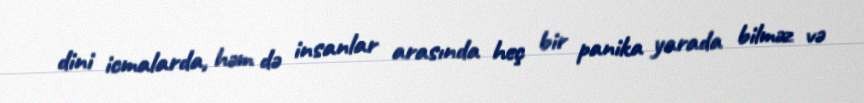
dini icmalarda, həm də insanlar arasında heç bir panika yarada bilməz və